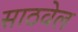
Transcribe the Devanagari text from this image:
साठवेल